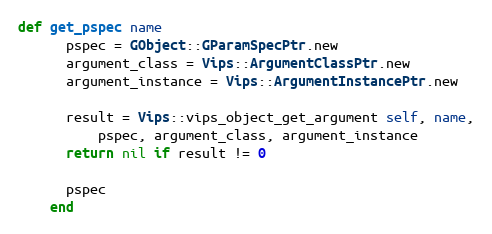
Language: Ruby
def get_pspec name
      pspec = GObject::GParamSpecPtr.new
      argument_class = Vips::ArgumentClassPtr.new
      argument_instance = Vips::ArgumentInstancePtr.new

      result = Vips::vips_object_get_argument self, name,
          pspec, argument_class, argument_instance
      return nil if result != 0

      pspec
    end